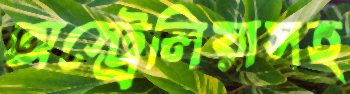
অস্ট্রেলিয়াসহ